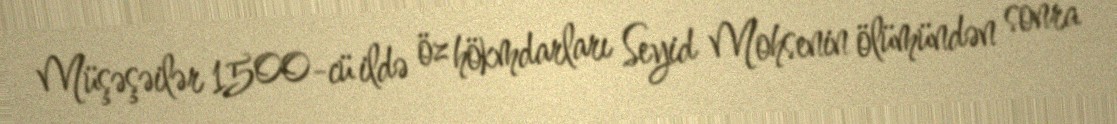
Müşəşəilər 1500-cü ildə öz hökmdarları Seyid Mohsenin ölümündən sonra